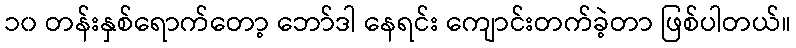
၁၀ တန်းနှစ်ရောက်တော့ ဘော်ဒါ နေရင်း ကျောင်းတက်ခဲ့တာ ဖြစ်ပါတယ်။